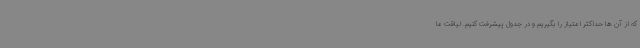
که از آن ها حداکثر امتیاز را بگیریم و در جدول پیشرفت کنیم. لیاقت ما